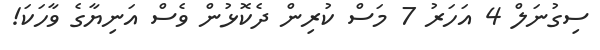
ސިގުނަލް 4 އަހަރު 7 މަސް ކުރިން ދެކޮޅުން ވެސް އަނިޔާގެ ވާހަކަ!